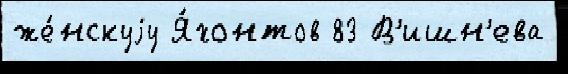
же́нскуjу Я́хонтов 83 В'ишн'ева